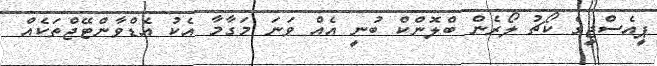
ޕީއެސްޖީގެ ކޯޗު ލޯރެން ބްލޮންކް ބުނީ އެއް ވަނަ މަގާމާ އެކު އެޑްވާންޓޭޖްތަކެއް